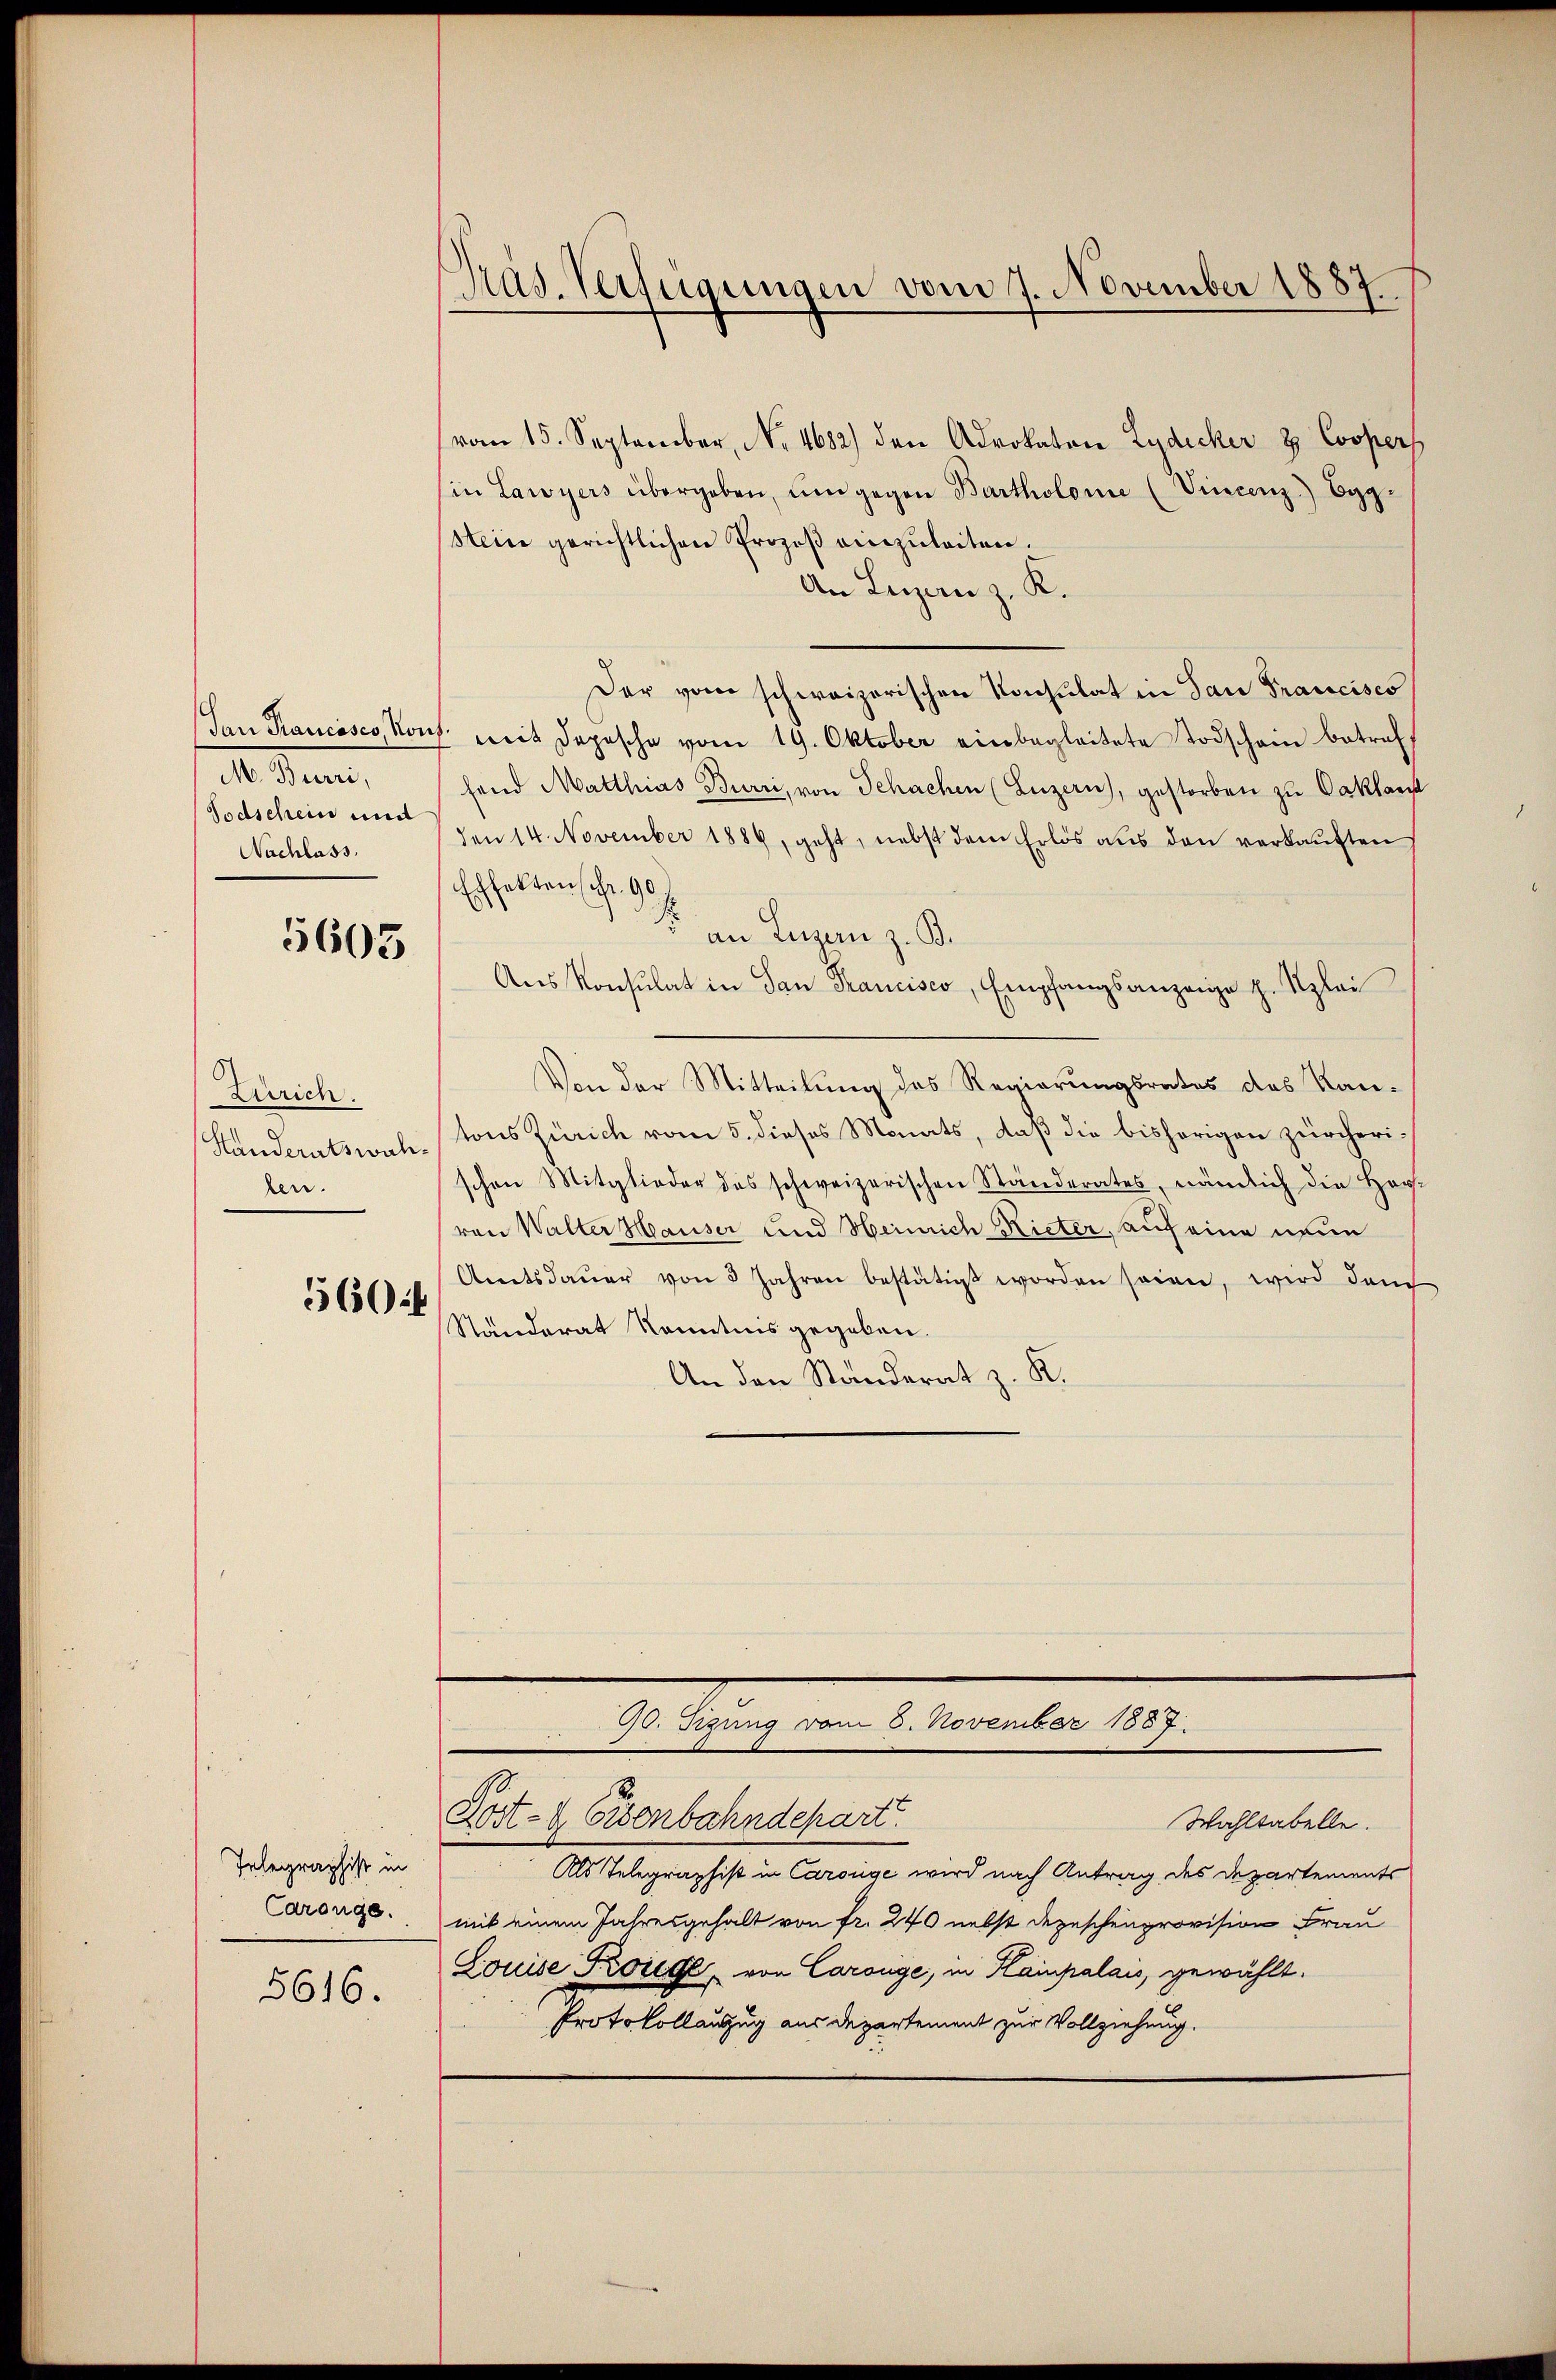
de. Sinn,
Todschein und
Nachlass.

5605

Zürich.
Handeratswahben.

560 f

Telegraphist in
Carouge.
5616.

Präs. Verfügungen vom 7. November 1887

vom 15. September, No. 4682) den Advokaton Lydicker & Cooper
in Lawyers übergeben, ŭm gegen Bartholome (Vincenz Eggstein gerichtlichen Prozeß einzuleiten.
An Luzern z. K.
Der vom schweizerischen Konsulat in dan Francises
Lan Krancisco, Kons. mit Depesche vom 19. Oktober einbegleitete Todschein betreff
fend Matthias Burri, von Schachen (Luzern), gestorben zu Caklarh
den 14. November 1889, geht, nebst dem Erlös aus den verkauften
Effektenschr. 90.
F. an Luzern z. B.
Aus Konsulat in San Francisco, Empfangsanzeige p. Klei
Von der Mitteilung des Regierungsrates des Kantons Zürich vom 5. dieses Monats, daß die bishörigen zürcherischen Mitglieder des schweizerischen Ständerates, nämlich die Her-
von Walter Hauser und Heinrich Rieter, auf eine neue
Amtsdaŭer von 3 Jahren bestätigt worden seien, wird dem
Ständerat Kenntnis gegeben.
An den Ständerat z. K.

90. Sizung vom 8. November 1887
Post- & Eisenbahndepart
Wahltabelle.
Als Telegraphist in Carolge wird nach Antrag des Departements
mit einem Jahresgehalt von fr. 240 nebst Depeschenprovision Frau
Louise Konce von Carouge, in Hainpalais, gewählt.
Protokollauszug aus Departement zur Vollziehung.